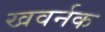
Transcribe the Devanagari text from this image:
खवर्नक